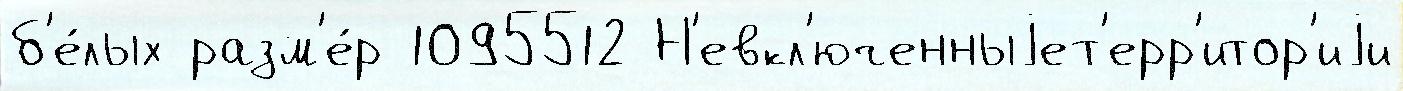
б'е́лых разм'е́р 1095512 Н'евкл'юченныjет'ерр'итор'иjи